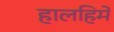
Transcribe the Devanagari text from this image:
हालहिमे